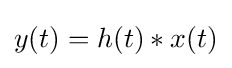
y(t)=h(t)*x(t)